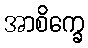
အာစိက္ခေ